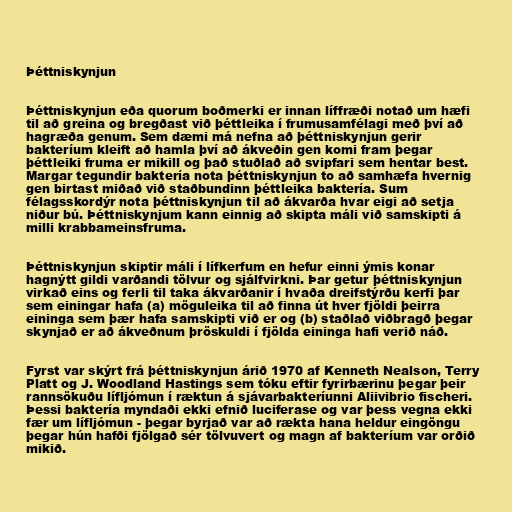
Þéttniskynjun

Þéttniskynjun eða quorum boðmerki er innan líffræði notað um hæfi
til að greina og bregðast við þéttleika í frumusamfélagi með því að
hagræða genum. Sem dæmi má nefna að þéttniskynjun gerir
bakteríum kleift að hamla því að ákveðin gen komi fram þegar
þéttleiki fruma er mikill og það stuðlað að svipfari sem hentar best.
Margar tegundir baktería nota þéttniskynjun to að samhæfa hvernig
gen birtast miðað við staðbundinn þéttleika baktería. Sum
félagsskordýr nota þéttniskynjun til að ákvarða hvar eigi að setja
niður bú. Þéttniskynjum kann einnig að skipta máli við samskipti á
milli krabbameinsfruma.

Þéttniskynjun skiptir máli í lífkerfum en hefur einni ýmis konar
hagnýtt gildi varðandi tölvur og sjálfvirkni. Þar getur þéttniskynjun
virkað eins og ferli til taka ákvarðanir í hvaða dreifstýrðu kerfi þar
sem einingar hafa (a) möguleika til að finna út hver fjöldi þeirra
eininga sem þær hafa samskipti við er og (b) staðlað viðbragð þegar
skynjað er að ákveðnum þröskuldi í fjölda eininga hafi verið náð.

Fyrst var skýrt frá þéttniskynjun árið 1970 af Kenneth Nealson, Terry
Platt og J. Woodland Hastings sem tóku eftir fyrirbærinu þegar þeir
rannsökuðu lífljómun í ræktun á sjávarbakteríunni Aliivibrio fischeri.
Þessi baktería myndaði ekki efnið luciferase og var þess vegna ekki
fær um lífljómun - þegar byrjað var að rækta hana heldur eingöngu
þegar hún hafði fjölgað sér tölvuvert og magn af bakteríum var orðið
mikið.